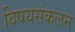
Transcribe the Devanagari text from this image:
विषयसंकलन